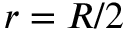
r = R / 2